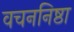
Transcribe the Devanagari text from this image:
वचननिष्ठा